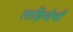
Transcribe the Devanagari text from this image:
लाझियोची